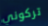
تركوني